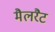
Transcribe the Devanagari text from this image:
मैलरैट